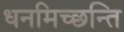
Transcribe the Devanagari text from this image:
धनमिच्छन्ति